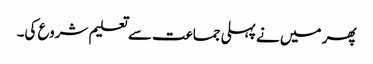
پھر میں نے پہلی جماعت سے تعلیم شروع کی۔